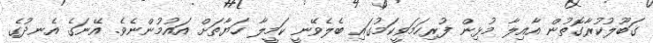
ގަބޫލުކުރާގޮތުން އާއިލާ މުޅިން ފުރިހަމަވީކަމުގައި ބެލެވޭނީ ކަމީލާ ހަޔާތަށް އައުމުންނެވެ. އޭނަގެ އެނދުގެ